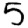
Digit: 5